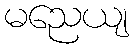
မညေယျ